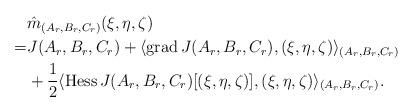
LaTeX: \begin{align*}&\hat{m}_{(A_r,B_r,C_r)}(\xi,\eta,\zeta) \\=& J(A_r,B_r,C_r) + \langle {\rm grad}\,J(A_r,B_r,C_r), (\xi,\eta,\zeta) \rangle_{(A_r,B_r,C_r)} \\&+\frac{1}{2} \langle {\rm Hess}\, J(A_r,B_r,C_r)[(\xi,\eta,\zeta)], (\xi,\eta,\zeta) \rangle_{(A_r,B_r,C_r)}.\end{align*}